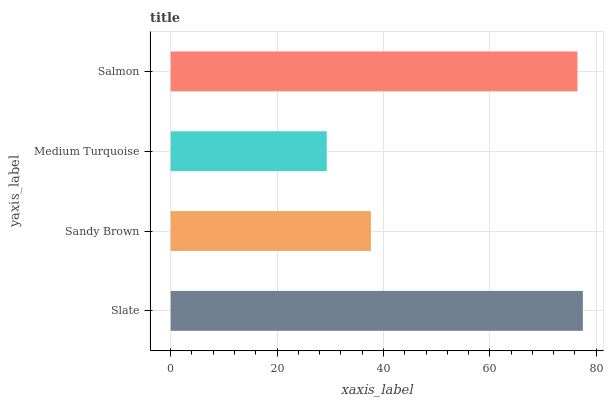
| yaxis_label | bars |
 | --- | --- |
 | Slate | 77.5 |
 | Sandy Brown | 37.6 |
 | Medium Turquoise | 29.3 |
 | Salmon | 76.5 |